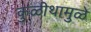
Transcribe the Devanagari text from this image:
कुळीथामुळे